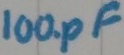
Text: 100pF